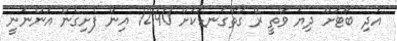
އަދި ބޯޓަށް ދިޔަ ވާތީ ރޭ ގާތްގަނޑަކަށް 12:40 އިން ފެށިގެން އަންނަނީ